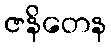
ဇနိတေန